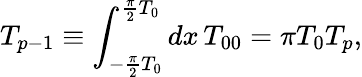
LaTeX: T_{p-1}\equiv\int_{-\frac{\pi}{2}T_{0}}^{\frac{\pi}{2}T_{0}}dx\, T_{00}=\pi T_{0}T_{p},